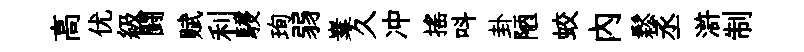
高优級闘赋利駸珣弱嶪久冲摇呌卦陋蛟内鬆丞滸制